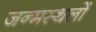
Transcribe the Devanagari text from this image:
जन्मस्थलों